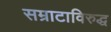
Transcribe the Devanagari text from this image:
सम्राटाविरुद्ध